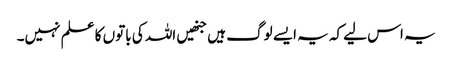
یہ اس لیے کہ یہ ایسے لوگ ہیں جنھیں اللہ کی باتوں کا علم نہیں۔